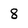
Character: 8